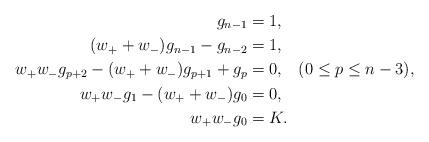
LaTeX: \begin{align*}g_{n-1}&=1,\\(w_++w_-)g_{n-1}-g_{n-2}&=1,\\w_+w_- g_{p+2}-( w_++w_- )g_{p+1}+g_p &=0, \;\;\; (0 \leq p \leq n-3),\\w_+w_- g_1 - (w_++w_-)g_0 &=0,\\ w_+w_- g_0&=K.\end{align*}